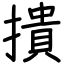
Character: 撌